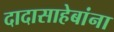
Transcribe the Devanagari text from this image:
दादासाहेबांना